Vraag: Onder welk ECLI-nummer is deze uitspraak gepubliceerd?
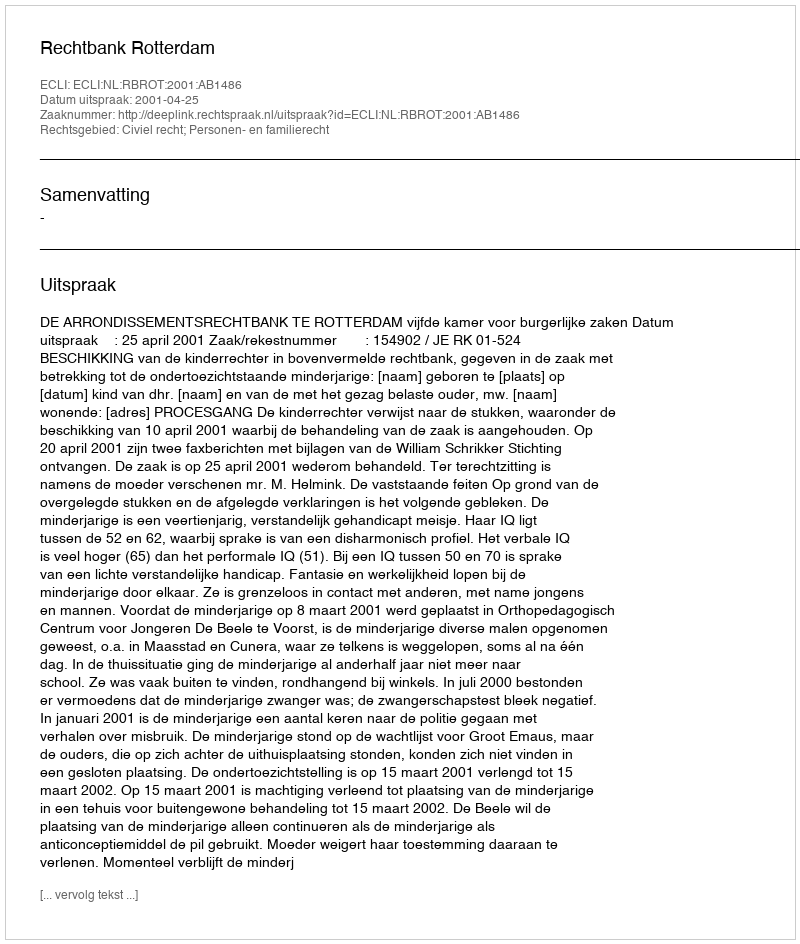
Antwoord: ECLI:NL:RBROT:2001:AB1486